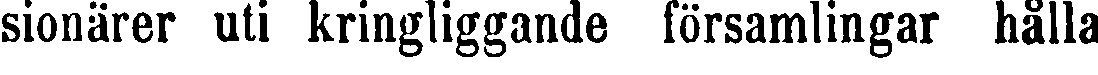
sionärer uti kringliggande församlingar hålla